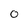
Character: 0